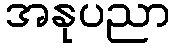
အနုပညာ